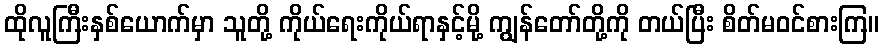
ထိုလူကြီးနှစ်ယောက်မှာ သူတို့ ကိုယ်ရေးကိုယ်ရာနှင့်မို့ ကျွန်တော်တို့ကို တယ်ပြီး စိတ်မဝင်စားကြ။